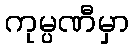
ကုမ္ပဏီမှာ